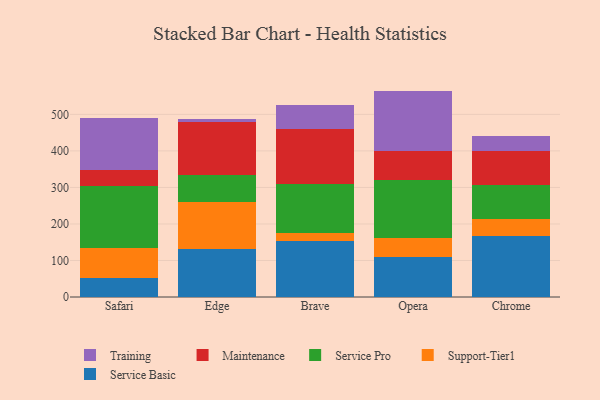
{"axis": {"x": "Browser", "y": "Customer Acquisition Cost (USD)"}, "legend": ["Maintenance", "Service Basic", "Service Pro", "Support-Tier1", "Training"], "data": [{"x": "Safari", "y": 50.9, "type": "Service Basic"}, {"x": "Safari", "y": 83.0, "type": "Support-Tier1"}, {"x": "Safari", "y": 168.9, "type": "Service Pro"}, {"x": "Safari", "y": 44.0, "type": "Maintenance"}, {"x": "Safari", "y": 142.6, "type": "Training"}, {"x": "Edge", "y": 130.7, "type": "Service Basic"}, {"x": "Edge", "y": 128.1, "type": "Support-Tier1"}, {"x": "Edge", "y": 74.8, "type": "Service Pro"}, {"x": "Edge", "y": 145.8, "type": "Maintenance"}, {"x": "Edge", "y": 8.1, "type": "Training"}, {"x": "Brave", "y": 152.4, "type": "Service Basic"}, {"x": "Brave", "y": 21.9, "type": "Support-Tier1"}, {"x": "Brave", "y": 134.1, "type": "Service Pro"}, {"x": "Brave", "y": 152.0, "type": "Maintenance"}, {"x": "Brave", "y": 65.7, "type": "Training"}, {"x": "Opera", "y": 110.9, "type": "Service Basic"}, {"x": "Opera", "y": 50.9, "type": "Support-Tier1"}, {"x": "Opera", "y": 157.6, "type": "Service Pro"}, {"x": "Opera", "y": 80.3, "type": "Maintenance"}, {"x": "Opera", "y": 164.8, "type": "Training"}, {"x": "Chrome", "y": 165.9, "type": "Service Basic"}, {"x": "Chrome", "y": 48.7, "type": "Support-Tier1"}, {"x": "Chrome", "y": 91.5, "type": "Service Pro"}, {"x": "Chrome", "y": 93.8, "type": "Maintenance"}, {"x": "Chrome", "y": 40.2, "type": "Training"}]}